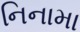
નિનામા